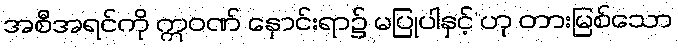
အစီအရင်ကို ဣဝဏ် နှောင်းရာ၌ မပြုပါနှင့်”ဟု တားမြစ်သော